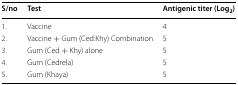
<table><thead><tr><td><b>S/no</b></td><td><b>Test</b></td><td><b>Antigenic titer (Log<sub>2</sub>)</b></td></tr></thead><tbody><tr><td>1.</td><td>Vaccine</td><td>4</td></tr><tr><td>2.</td><td>Vaccine + Gum (Ced:Khy) Combination</td><td>5</td></tr><tr><td>3.</td><td>Gum (Ced + Khy) alone</td><td>5</td></tr><tr><td>4.</td><td>Gum (Cedrela)</td><td>5</td></tr><tr><td>5.</td><td>Gum (Khaya)</td><td>5</td></tr></tbody></table>